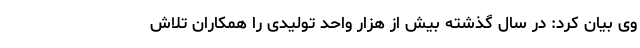
وی بیان کرد: در سال گذشته بیش از هزار واحد تولیدی را همکاران تلاش